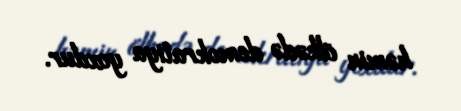
həmin ölkədə demokratiya yoxdur.